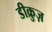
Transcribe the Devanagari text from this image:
डीक्रुज़